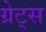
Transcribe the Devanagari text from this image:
ग्रेट्स